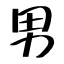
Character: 男